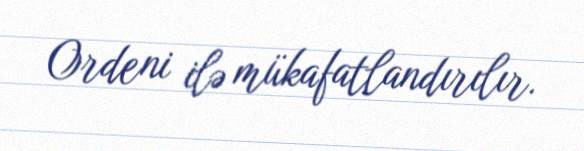
Ordeni ilə mükafatlandırılır.